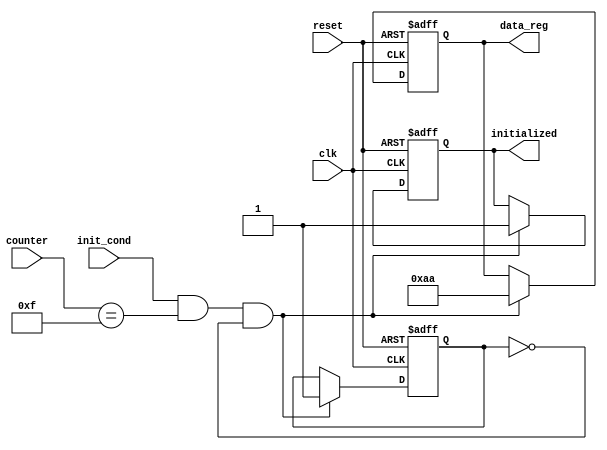
module ConditionalInitialization (
    input wire clk,              // Clock signal for synchronous operation
    input wire reset,            // Asynchronous reset signal
    input wire init_cond,        // Control signal to trigger initialization
    input wire [3:0] counter,    // A sample variable that could influence initialization
    output reg [7:0] data_reg,   // Output register to be initialized conditionally
    output reg initialized       // Flag to indicate if initialization has occurred
);

// Define initialization values
localparam INIT_VALUE = 8'hAA; // Example initialization value

// State variable to track whether initialization has occurred
reg init_done;

// Synchronous process to handle initialization
always @(posedge clk or posedge reset) begin
    if (reset) begin
        // Asynchronous reset of registers
        data_reg <= 8'b0;
        init_done <= 1'b0;
        initialized <= 1'b0;
    end else begin
        // Check initialization condition
        if (init_cond && (counter == 4'hF) && !init_done) begin
            // Perform initialization
            data_reg <= INIT_VALUE;
            init_done <= 1'b1; // Mark initialization as done
            initialized <= 1'b1; // Set the initialized flag
        end
        // Retain current value if initialization condition is not met
    end
end

endmodule